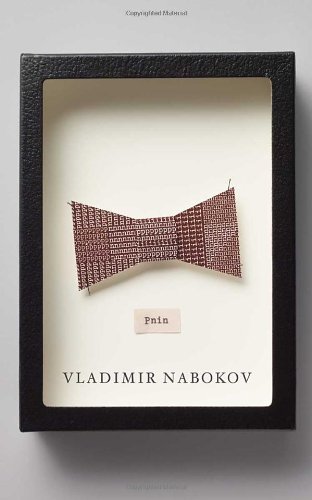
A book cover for Pnin; Vladimir Nabokov; Literature & Fiction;